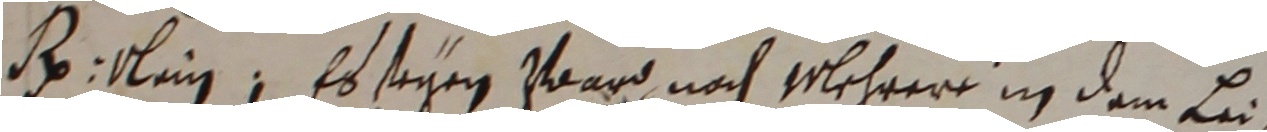
R lein, Es seyen ward nach Mehrere in dem Lei